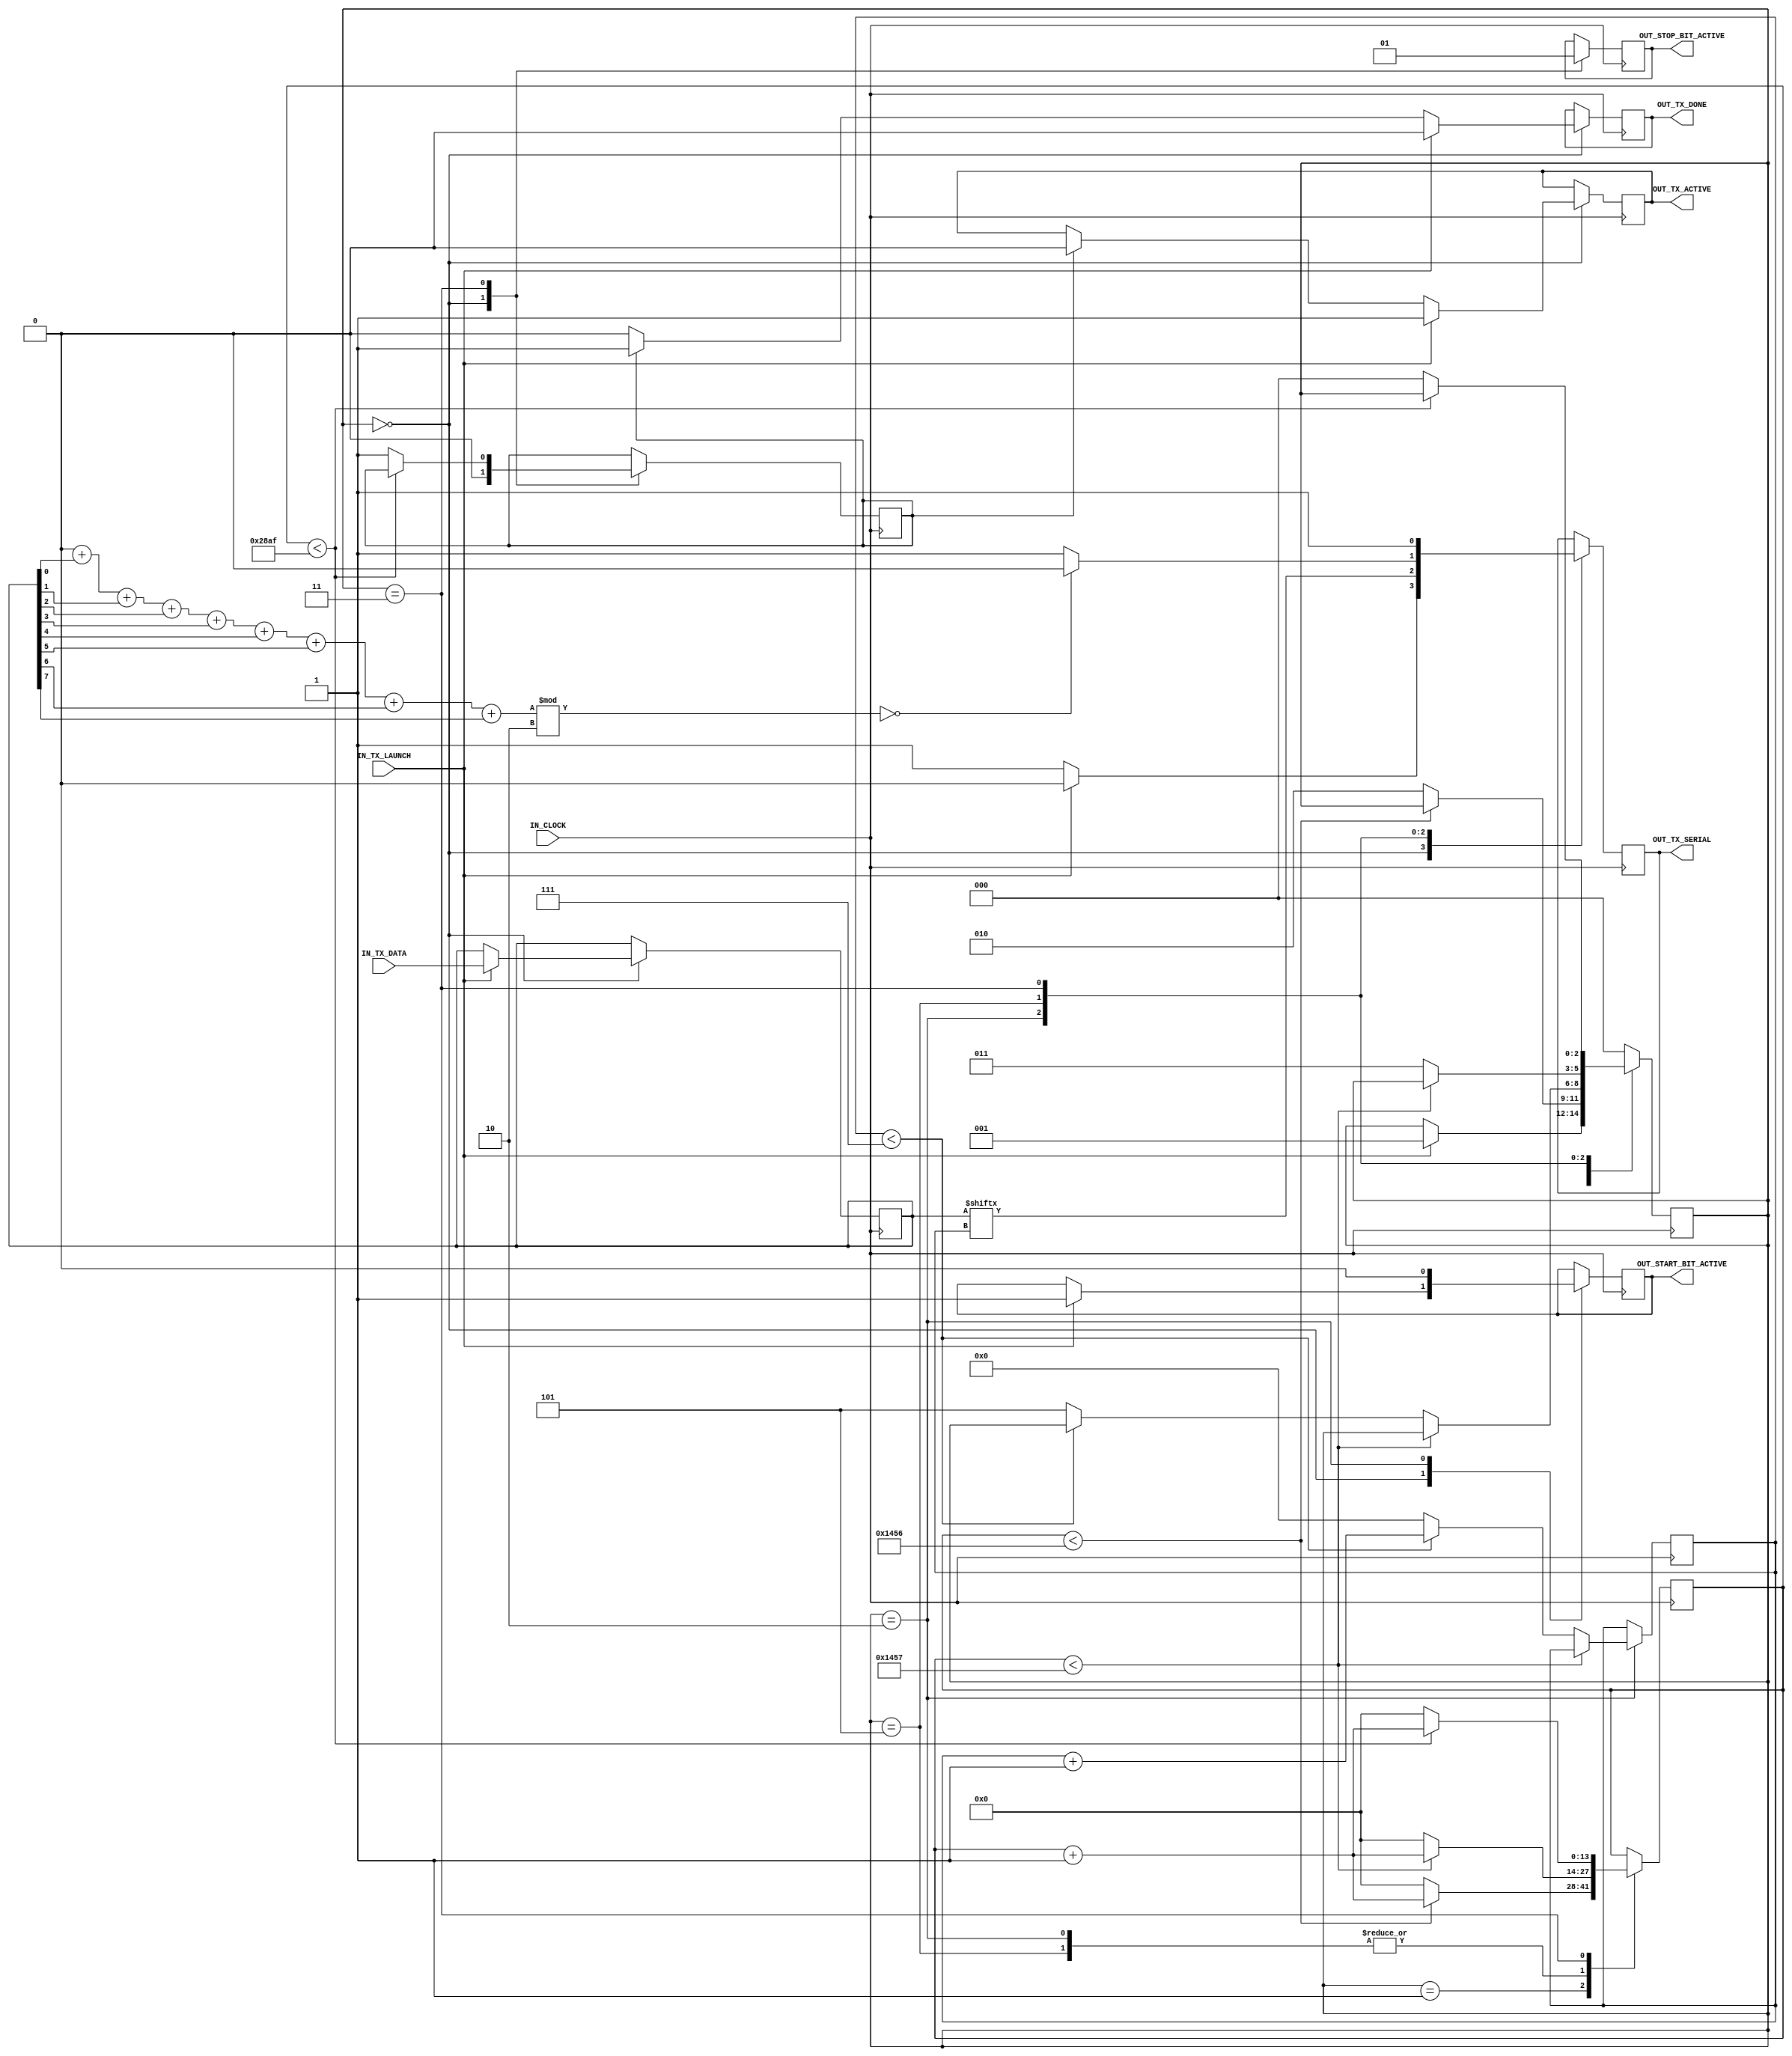
module UART_FPGA_TX 
  #(
	parameter UART_BAUD_RATE=9600,//baud
   parameter CLOCK_FREQUENCY=50000000,//IN_CLOCK frequency
   parameter PARITY=1,
	//parameter of parity bit in package
	//PARITY==0	:	package without parity bit
	//PARITY==1	:	package contains parity bit
	//PARITY==2	:	package contains odd bit
   parameter NUM_OF_DATA_BITS_IN_PACK=8,
	//number of data bits in package
	parameter NUMBER_STOP_BITS=2,
	//number of stop bits in package
	parameter CLKS_PER_BIT_LOG_2=$clog2(CLOCK_FREQUENCY/UART_BAUD_RATE),
	//the number of bits for the register of the main counter
	parameter NUM_OF_DATA_BITS_IN_PACK_LOG_2=$clog2(NUM_OF_DATA_BITS_IN_PACK)
	//the number of bits for the register of bit counter 
	) 
  (
   input       									IN_CLOCK,			//input clock							
   input       									IN_TX_LAUNCH,		//input launch port
   input [NUM_OF_DATA_BITS_IN_PACK-1:0] 	IN_TX_DATA,			//input data package for transmit  	
   output reg  									OUT_TX_ACTIVE,		//output TX bus active
   output reg  									OUT_TX_SERIAL,		//output TX port
   output reg  									OUT_TX_DONE,		//briefly set when packet transfer ends
	output reg 										OUT_STOP_BIT_ACTIVE,	//set when a start bit is transmitted
	output reg										OUT_START_BIT_ACTIVE	//set when a stop bit is transmitted
   );
  //finit state machine (FSM)
  localparam CLKS_PER_BIT = CLOCK_FREQUENCY/UART_BAUD_RATE ;
  //the number of IN_CLOCK cycles of the main generator 
  //for the transmission of one data bit
  
  localparam STATE_WAIT         = 3'b000;//wait set IN_TX_LAUNCH
  localparam STATE_TX_START_BIT = 3'b001;//transmit start bit
  localparam STATE_TX_DATA_BITS = 3'b010;//transmit data bits
  localparam STATE_PARITY_BIT   = 3'b101;//transmit parity bit
  localparam STATE_TX_STOP_BIT  = 3'b011;//transmit stop bit
  
  reg [2:0]    									REG_STATE;//FSM state register		
  reg [CLKS_PER_BIT_LOG_2:0]    				REG_CLOCK_COUNT;//main counter register			
  reg [NUM_OF_DATA_BITS_IN_PACK_LOG_2:0]  REG_BIT_INDEX;//bit counter register  			
  reg [NUM_OF_DATA_BITS_IN_PACK-1:0]		REG_TX_DATA;//transmit data package register 			
  reg 												REG_FLAG_DONE_TRANSACTION;
  
  
  initial begin
		//initial internal registers
		REG_STATE   					= STATE_WAIT;
		REG_CLOCK_COUNT				= 0;
		REG_BIT_INDEX  				= 0;
		REG_TX_DATA		 				= 0;
		REG_FLAG_DONE_TRANSACTION	= 0;
		
		//initial output registers
		OUT_TX_ACTIVE					= 0;
		OUT_TX_SERIAL					= 1;
		OUT_TX_DONE						= 0;
		OUT_STOP_BIT_ACTIVE			= 0;
		OUT_START_BIT_ACTIVE			= 0;
  end
  
  always @(posedge IN_CLOCK)
  begin 
      case (REG_STATE)
        STATE_WAIT :// 
        begin
				/*
				  (    )
				-  
				  
				*/
				if(REG_FLAG_DONE_TRANSACTION==1) 
				begin 
					OUT_TX_DONE      				<= 1'b1;  
					OUT_TX_ACTIVE   				<= 1'b0;
					REG_FLAG_DONE_TRANSACTION	<= 0;
				end 
				else	
					OUT_TX_DONE     				<= 1'b0;
				
				OUT_STOP_BIT_ACTIVE				<=	0;
				OUT_TX_SERIAL  			   	<= 1'b1;         
            if (IN_TX_LAUNCH == 1'b1) //   
            begin
					OUT_TX_DONE      				<= 1'b0;  
					OUT_TX_ACTIVE					<= 1'b1;
					REG_TX_DATA   					<= IN_TX_DATA;// 
					REG_STATE  	  					<= STATE_TX_START_BIT;//  
					OUT_TX_SERIAL 					<= 1'b0;// TX       
					OUT_START_BIT_ACTIVE			<= 1;
            end
		  end 
        STATE_TX_START_BIT ://  - (       -)
        begin
				if (REG_CLOCK_COUNT < CLKS_PER_BIT-2)// 
					REG_CLOCK_COUNT <= REG_CLOCK_COUNT + 1'b1;
            else
				begin
					REG_CLOCK_COUNT 	<= 0;
					REG_STATE     		<= STATE_TX_DATA_BITS; //     
				end
        end      
        STATE_TX_DATA_BITS ://   
        begin
				OUT_START_BIT_ACTIVE	<=	0;
            OUT_TX_SERIAL <= REG_TX_DATA[REG_BIT_INDEX];///     TX  
            if (REG_CLOCK_COUNT < CLKS_PER_BIT-1) //  
                REG_CLOCK_COUNT <= REG_CLOCK_COUNT + 1'b1;           
            else
				begin
					REG_CLOCK_COUNT <= 0;
               if (REG_BIT_INDEX < NUM_OF_DATA_BITS_IN_PACK-1'b1)
					/*
					         .
					   ,    ,
					   
					*/
						REG_BIT_INDEX <= REG_BIT_INDEX + 1'b1;                                   
					else
               begin
						/*
						    , 
						    .
						     .
						       
						PARITY.       
						 -
						*/
						REG_BIT_INDEX <= 0;
						if(PARITY==0)
							REG_STATE   <= STATE_TX_STOP_BIT;
						else
							REG_STATE   <= STATE_PARITY_BIT;
               end
				end
        end 
        STATE_PARITY_BIT://  - 
		  begin
				case(PARITY) //        
					1: OUT_TX_SERIAL <= (sum_of_bits(REG_TX_DATA)%2==0)? 0:1'b1;
					2: OUT_TX_SERIAL <= (sum_of_bits(REG_TX_DATA)%2==0)? 1'b1:0;
				endcase
		      if (REG_CLOCK_COUNT < CLKS_PER_BIT-1) // -
					REG_CLOCK_COUNT 	<= REG_CLOCK_COUNT + 1'b1;         
            else
            begin
                REG_CLOCK_COUNT 	<= 0;
                REG_STATE     	<= STATE_TX_STOP_BIT;
            end
	     end
        STATE_TX_STOP_BIT ://  -
        begin
				OUT_STOP_BIT_ACTIVE<=1;
				OUT_TX_SERIAL <= 1'b1;//     (1)
            if (REG_CLOCK_COUNT < CLKS_PER_BIT*NUMBER_STOP_BITS-1'b1) //             
					REG_CLOCK_COUNT <= REG_CLOCK_COUNT + 1'b1;              
            else
            begin
					REG_FLAG_DONE_TRANSACTION		<=	1;//   
               REG_CLOCK_COUNT 					<= 0;// 
               REG_STATE     						<= STATE_WAIT;//    
            end
        end            
        default :
          REG_STATE <= STATE_WAIT; //   REG_STATE.     
      endcase
  end
  function [NUM_OF_DATA_BITS_IN_PACK_LOG_2:0] sum_of_bits;//    
  //this function sums the bits in a register
		input [NUM_OF_DATA_BITS_IN_PACK-1:0] value;
		reg[NUM_OF_DATA_BITS_IN_PACK_LOG_2:0] sum;
		reg[NUM_OF_DATA_BITS_IN_PACK_LOG_2:0] i;
		begin
			sum=0;
			for (i=0;i<=NUM_OF_DATA_BITS_IN_PACK-1'b1;i=i+1'b1)
				sum=sum+value[i];
			sum_of_bits=sum;
		end
  endfunction
endmodule